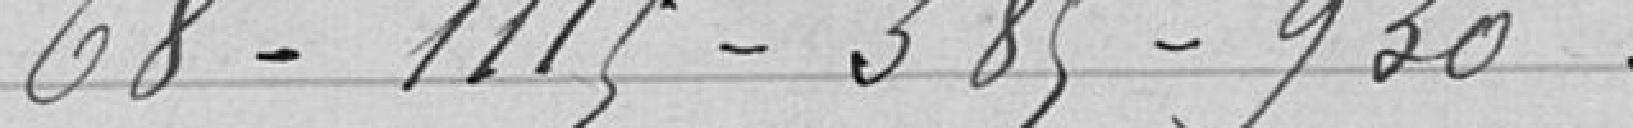
68 - 1115 - 385 - 930